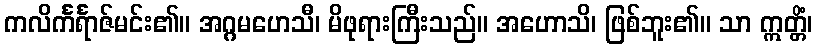
ကလိင်္ကင်္ရာဇ်မင်း၏။ အဂ္ဂမဟေသီ၊ မိဖုရားကြီးသည်။ အဟောသိ၊ ဖြစ်ဘူး၏။ သာ ဣတ္တိံ၊